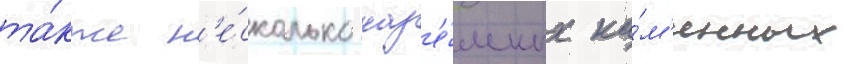
та́кже н'е́сколько наз'е́мных ка́м'енных